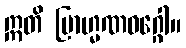
ဣတိ ဗြာဟ္မဏဝဂ္ဂေါ။